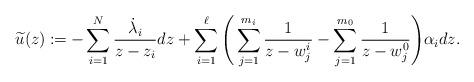
LaTeX: \begin{align*} \widetilde u(z) \coloneqq - \sum_{i=1}^N \frac{\dot{\lambda}_i}{z - z_i} dz + \sum_{i = 1}^\ell \Bigg( \sum_{j=1}^{m_i} \frac{1}{z - w^i_j} - \sum_{j=1}^{m_0} \frac{1}{z - w^0_j} \Bigg) \alpha_i dz.\end{align*}